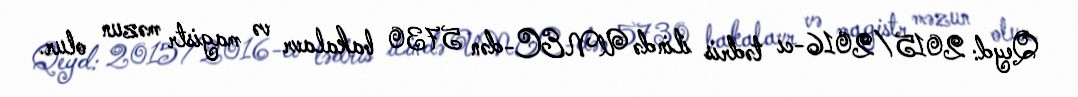
Qeyd: 2015/2016-cı tədris ilində UNEC-dən 5730 bakalavr və magistr məzun olur.